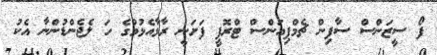
ފޯ ސީޒަންސް ސާފިން ޗެމްޕިއަންސް ޓްރޮފީ ފަށަނީ ރާޅާއެޅުމުގެ ހަ ލެޖެންޑުންނާ އެކު